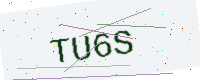
Text: TU6S